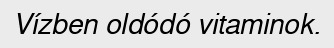
Vízben oldódó vitaminok.